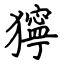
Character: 獰